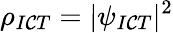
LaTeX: \rho_{I\mathcal{C}T}=|\psi_{I\mathcal{C}T}|^{2}